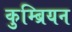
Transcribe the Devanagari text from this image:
कुम्ब्रियन